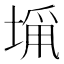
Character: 𭏁